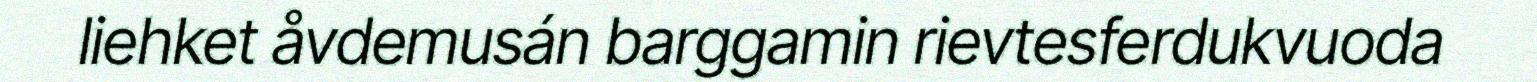
liehket åvdemusán barggamin rievtesferdukvuoda